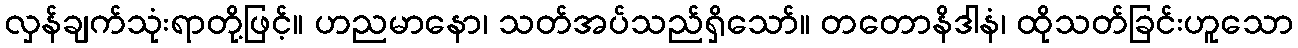
လှန်ချက်သုံးရာတို့ဖြင့်။ ဟညမာနော၊ သတ်အပ်သည်ရှိသော်။ တတောနိဒါနံ၊ ထိုသတ်ခြင်းဟူသော